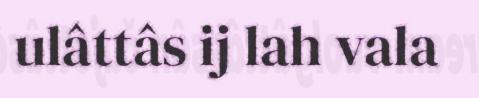
ulâttâs ij lah vala